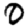
Digit: 0